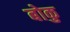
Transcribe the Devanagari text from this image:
बोकु